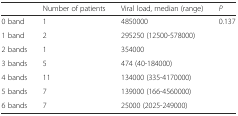
<table><thead><tr><td></td><td><b>Number of patients</b></td><td><b>Viral load, median (range)</b></td><td><b><i>P</i></b></td></tr></thead><tbody><tr><td>0 band</td><td>1</td><td>4850000</td><td rowspan="7">0.137</td></tr><tr><td>1 band</td><td>2</td><td>295250 (12500-578000)</td></tr><tr><td>2 bands</td><td>1</td><td>354000</td></tr><tr><td>3 bands</td><td>5</td><td>474 (40-184000)</td></tr><tr><td>4 bands</td><td>11</td><td>134000 (335-4170000)</td></tr><tr><td>5 bands</td><td>7</td><td>139000 (166-4560000)</td></tr><tr><td>6 bands</td><td>7</td><td>25000 (2025-249000)</td></tr></tbody></table>